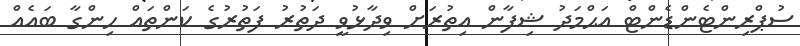
ސުޕްރިންޓެންޑެންޓް އަޙްމަދު ޝިފާން އިތުރަށް ވިދާޅުވީ ދަތުރު ފަތުރުގެ ކަންތައް ހިންގާ ބައެއް